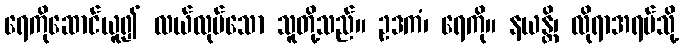
ရေကိုဆောင်ယူ၍ လယ်လုပ်သော သူတို့သည်။ ဥဒကံ၊ ရေကို။ နယန္တိ၊ လိုရာအရပ်သို့